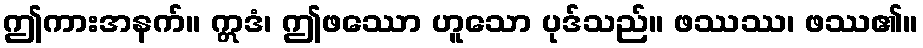
ဤကားအနက်။ ဣဒံ၊ ဤဖဿော ဟူသော ပုဒ်သည်။ ဖဿဿ၊ ဖဿ၏။